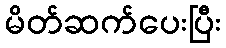
မိတ်ဆက်ပေးပြီး